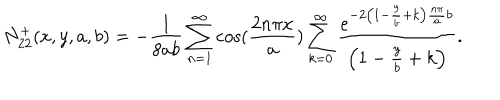
N _ { 2 2 } ^ { + } ( x , y , a , b ) = - \frac { 1 } { 8 a b } \sum _ { n = 1 } ^ { \infty } \cos ( \frac { 2 n \pi x } { a } ) \sum _ { k = 0 } ^ { \infty } \frac { e ^ { - 2 \left( 1 - \frac { y } { b } + k \right) \frac { n \pi } { a } b } } { \left( 1 - \frac { y } { b } + k \right) } .